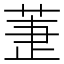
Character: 𦱥